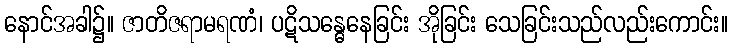
နောင်အခါ၌။ ဇာတိဇရာမရဏံ၊ ပဋိသန္ဓေနေခြင်း အိုခြင်း သေခြင်းသည်လည်းကောင်း။